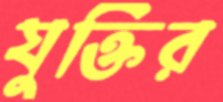
যুক্তির